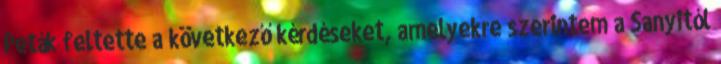
Peták feltette a következő kérdéseket, amelyekre szerintem a Sanyitól